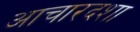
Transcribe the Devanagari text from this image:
आचारदशा